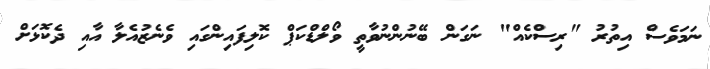
ނަމަވެސް އިތުރު "ރިސްކެއް" ނަގަން ބޭނުންނުވާތީ ވޯލްޑްކަޕް ކޮލިފައިންގައި ވެނެޒުއެލާ އާއި ދެކޮޅަށް